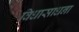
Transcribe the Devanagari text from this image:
विधासाधना